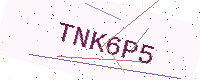
Text: TNK6P5